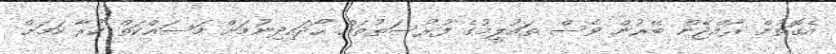
އެގޮތުން ރާއްޖޭން ބޭރުން ވެސް ތައުލީމުގެ ފުރުސަތުތައް ހޯދައިދިނުމަށް މަސައްކަތް ކުރާ ކަމަށް